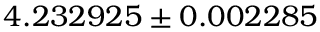
4 . 2 3 2 9 2 5 \pm 0 . 0 0 2 2 8 5